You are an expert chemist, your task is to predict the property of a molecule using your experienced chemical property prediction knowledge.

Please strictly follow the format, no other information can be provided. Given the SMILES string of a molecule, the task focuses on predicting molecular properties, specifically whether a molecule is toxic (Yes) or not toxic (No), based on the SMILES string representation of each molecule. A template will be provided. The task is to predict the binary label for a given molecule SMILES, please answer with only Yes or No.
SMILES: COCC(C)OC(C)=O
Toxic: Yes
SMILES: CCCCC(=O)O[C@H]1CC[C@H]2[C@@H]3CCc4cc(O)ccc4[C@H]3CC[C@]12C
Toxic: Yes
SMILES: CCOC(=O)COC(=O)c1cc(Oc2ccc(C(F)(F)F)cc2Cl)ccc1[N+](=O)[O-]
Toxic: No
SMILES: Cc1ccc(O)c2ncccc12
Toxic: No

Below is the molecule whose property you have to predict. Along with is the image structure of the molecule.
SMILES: N#CC(O)c1ccccc1
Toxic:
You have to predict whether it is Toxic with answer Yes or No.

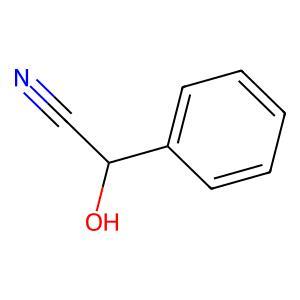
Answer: No